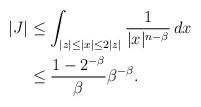
LaTeX: \begin{align*}|J|&\leq\int_{|z|\leq|x|\leq2|z|}\frac{1}{|x|^{n-\beta}}\,dx\\&\leq\frac{1-2^{-\beta}}{\beta}\beta^{-\beta}.\end{align*}